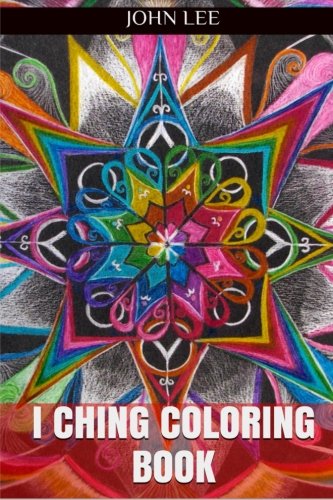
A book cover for I Ching Coloring Book: I Ching Adult Coloring Book; John Lee; Religion & Spirituality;